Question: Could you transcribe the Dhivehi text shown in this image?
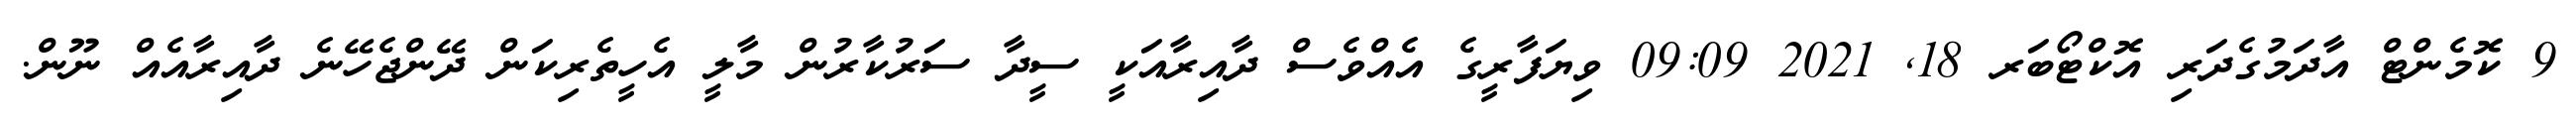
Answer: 9 ކޮމެންޓް އާދަމުގެދަރި އޮކްޓޯބަރ 18, 2021 09:09 ވިޔަފާރީގެ އެއްވެސް ދާއިރާއަކީ ސީދާ ސަރުކާރުން މާލީ އެހީތެރިކަން ދޭންޖެހޭނެ ދާއިރާއެއް ނޫން.